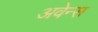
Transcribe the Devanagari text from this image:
अवेन्स